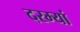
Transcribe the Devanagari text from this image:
दरम्यां